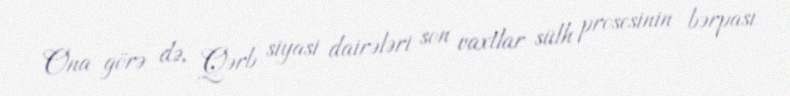
Ona görə də, Qərb siyasi dairələri son vaxtlar sülh prosesinin bərpası